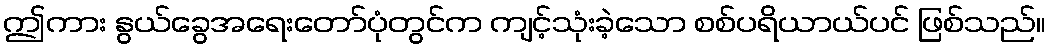
ဤကား နွယ်ခွေအရေးတော်ပုံတွင်က ကျင့်သုံးခဲ့သော စစ်ပရိယာယ်ပင် ဖြစ်သည်။